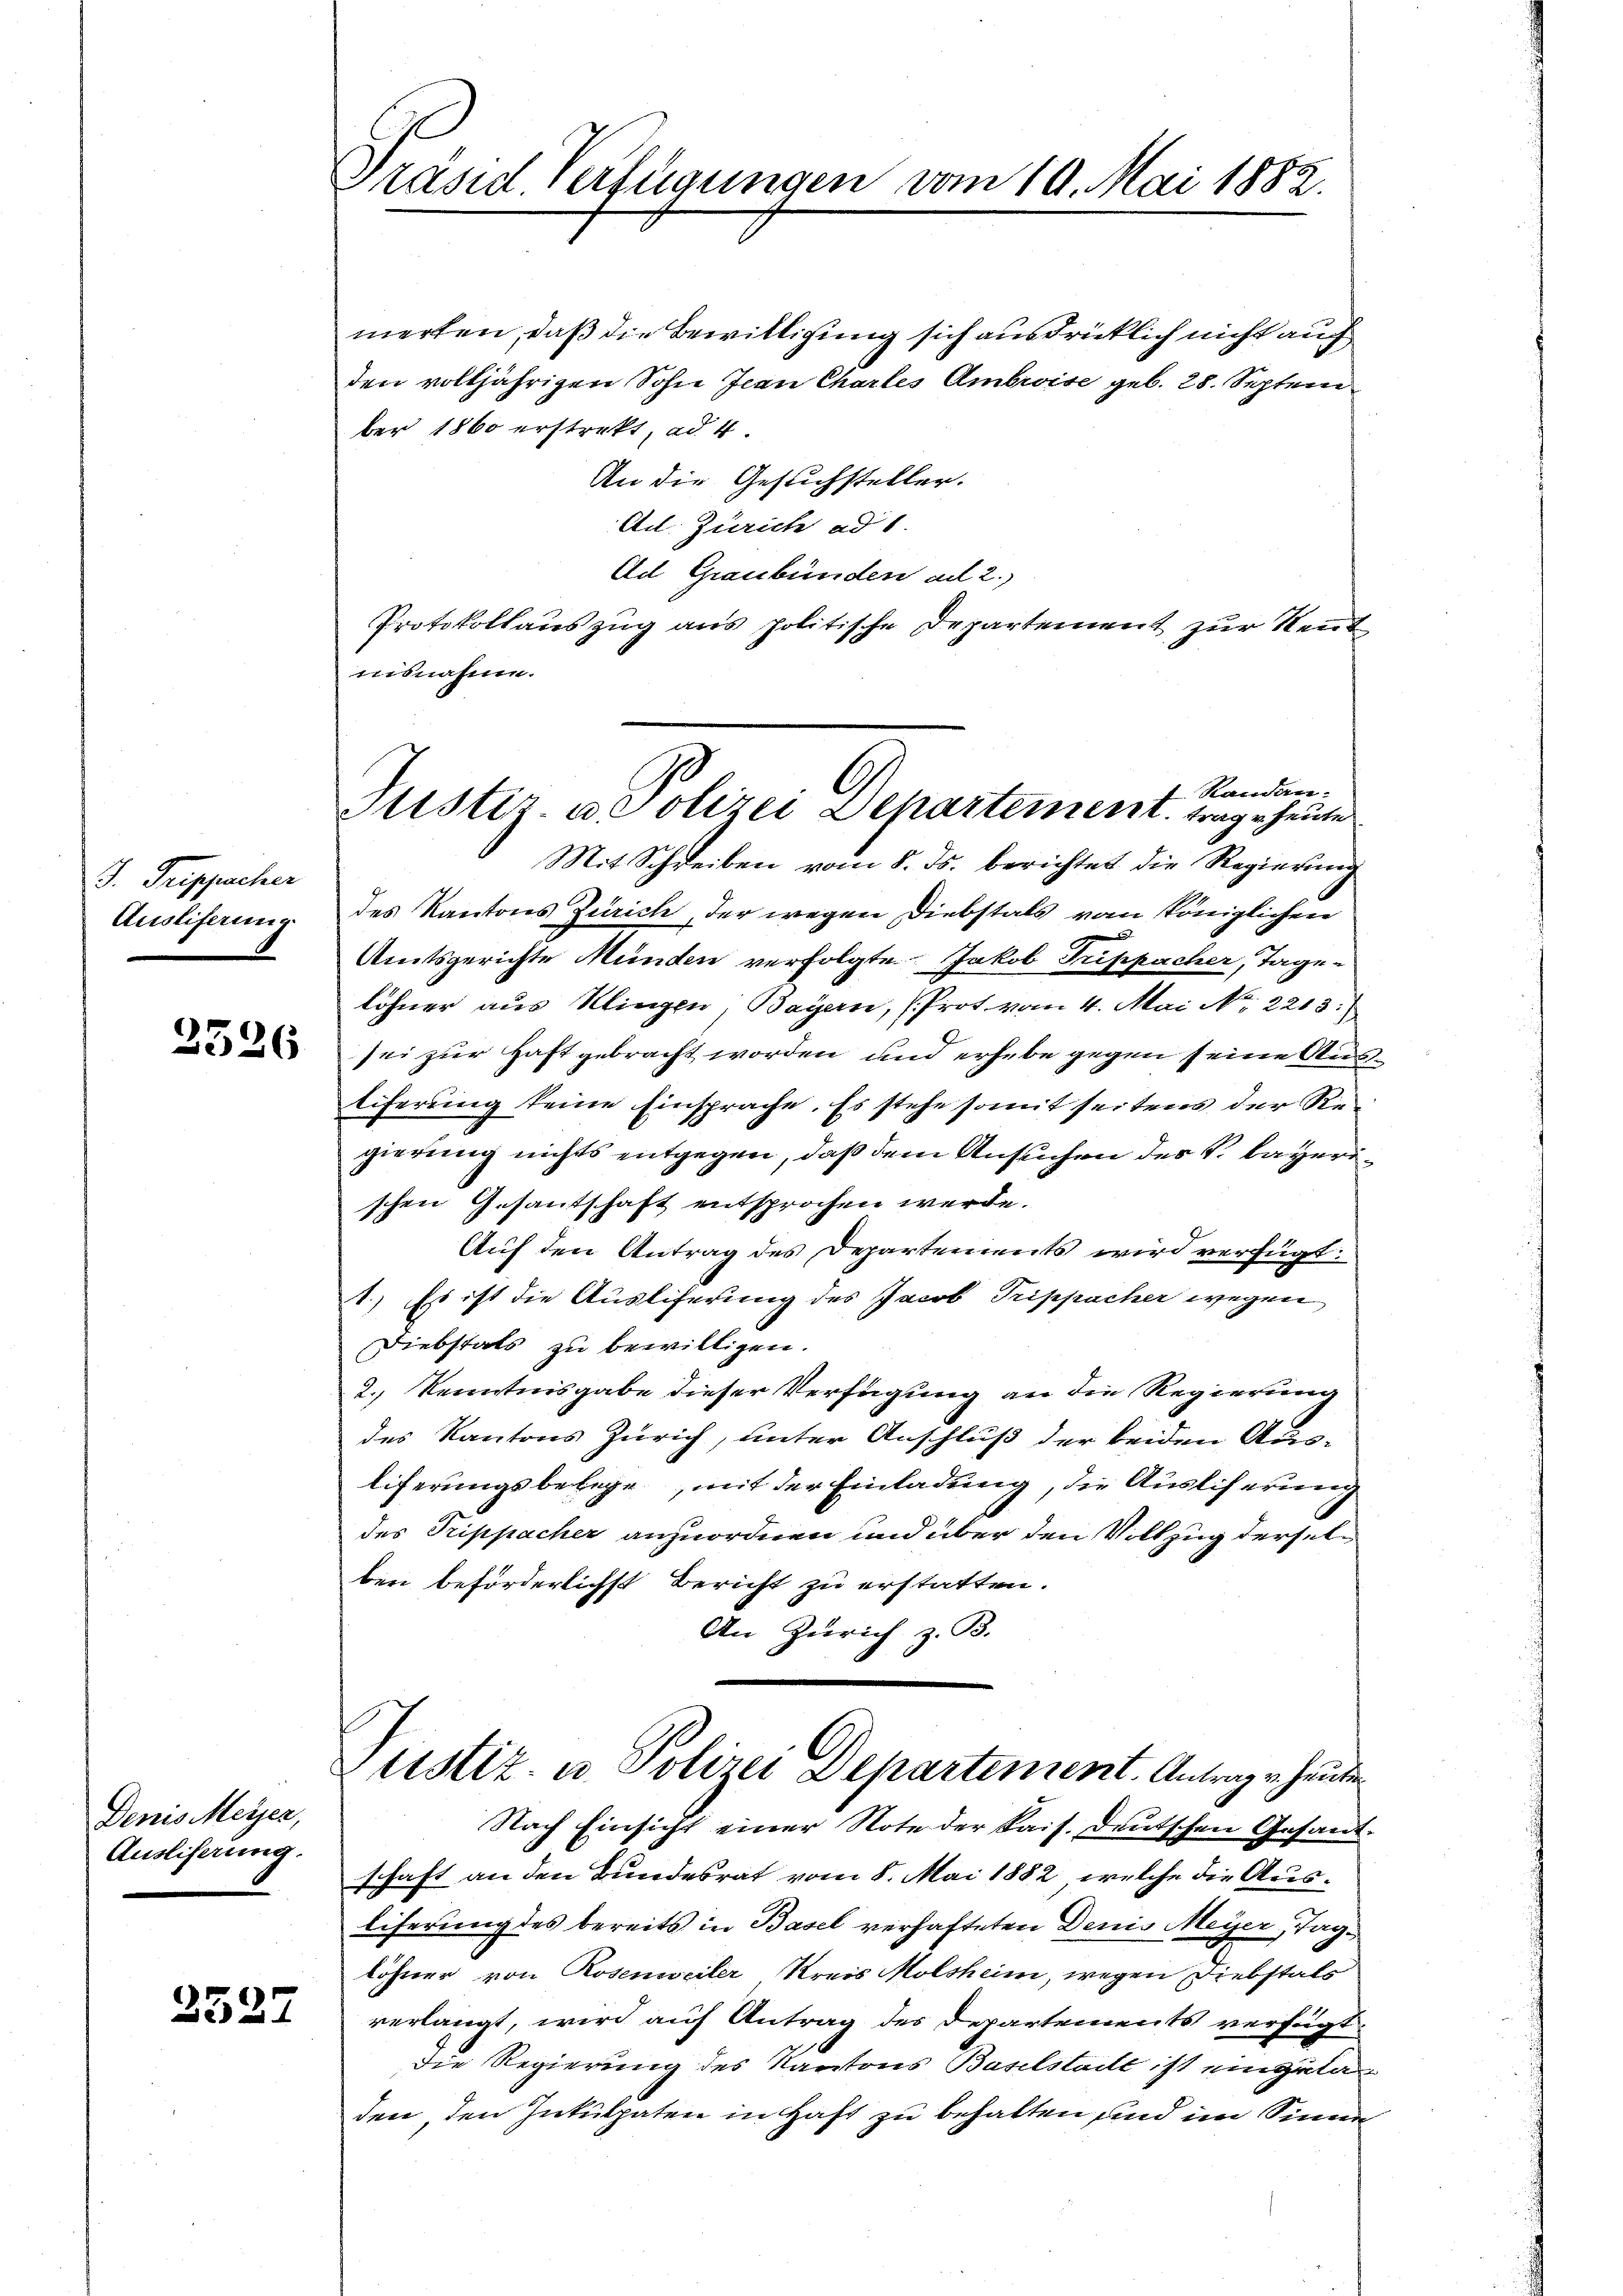
J. Treppacher
Ausliferung

2526

Denis Meyer,
Ausliserung.

3527

Präsid Verfügungen vom 19. Mai 1882.

merten, daß die Bewilligung sich ausdrücklich nicht auch
den volljährigen Sohn Jean Chartes Ambroise geb. 28. Septem
ber 1860 erstrekt, ad 4.
An die Gesuchsteller.
Ad. Zürich ad 1.
Ad Graubünden ad 2.)
Protokollauszug aus politische Departement zur Rent
nisnahme.

Randan-
Sistiz- u Polizei Departement trage heute

Mit Schreiben vom 8. ds. berichtet die Regierung
des Kantons Zürich, der wegen Diebstals vom Königlichen
Amtsgerichte Münden verfolgte Jakob Tuppacher, Tage-
löhner aus Klingen Bayern, (Prot vom 4. Mai N. 2213.
sei zur Haft gebracht worden und erhebe gegen seine Austiferung keine Einsprache. Es stehe somit seitens der Regierung nichts entgegen, daß dem Ansuchen des V. Bayerischen Gesantschaft entsprochen werde.
Auf den Antrag des Departements wird verfügt:
1.) Es ist die Ausliferung des Jacob Trippacher wegen
Diebstals zu bewilligen.
2.) Kenntnisgabe dieser Verfügung an die Regierung
des Kantons Zürich, unter Anschluß der beiden Ausliferungsbelege, mit der Einladung, die Auslieferung
des Trippacher anzuordnen und über den Vollzug derselber beförderlichst Bericht zu erstatten.
An Zürich z. B.
ustiz- u. Polizei Departement. Antrag v. heuten
Nach Einsicht einer Note der kais. Deutschen Gesandschaft an den Bundesrat vom 8. Mai 1882, welche die Ausliferung des bereits in Basel verhafteten Denis Meyer, Taglöhner von Rosenweiler Kreis Molsheim, wegen Diebstals
verlangt, wird auf Antrag des Departements verfügt
die Regierung des Kantons Baselstadt ist eingeladen, den Inkulpaten in Haft zu behalten sind im Sinne